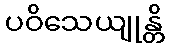
ပဝိသေယျုန္တိ